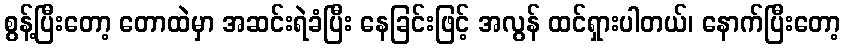
စွန့်ပြီးတော့ တောထဲမှာ အဆင်းရဲခံပြီး နေခြင်းဖြင့် အလွန် ထင်ရှားပါတယ်၊ နောက်ပြီးတော့